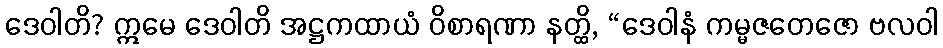
ဒေဝါတိ? ဣမေ ဒေဝါတိ အဋ္ဌကထာယံ ဝိစာရဏာ နတ္ထိ, “ဒေဝါနံ ကမ္မဇတေဇော ဗလဝါ